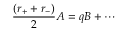
\frac { ( r _ { + } + r _ { - } ) } { 2 } A = q B + \cdots